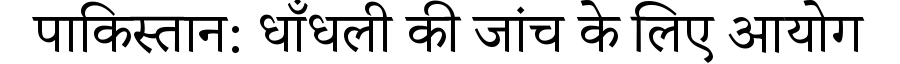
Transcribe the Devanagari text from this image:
पाकिस्तान: धाँधली की जांच के लिए आयोग